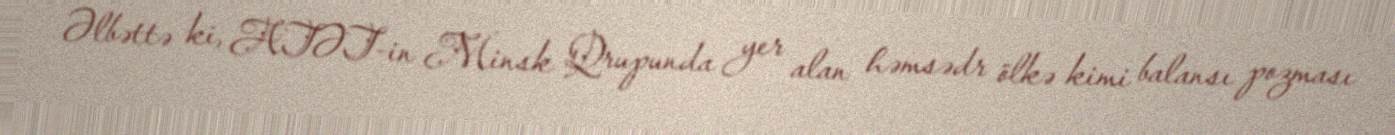
Əlbəttə ki, ATƏT-in Minsk Qrupunda yer alan həmsədr ölkə kimi balansı pozması